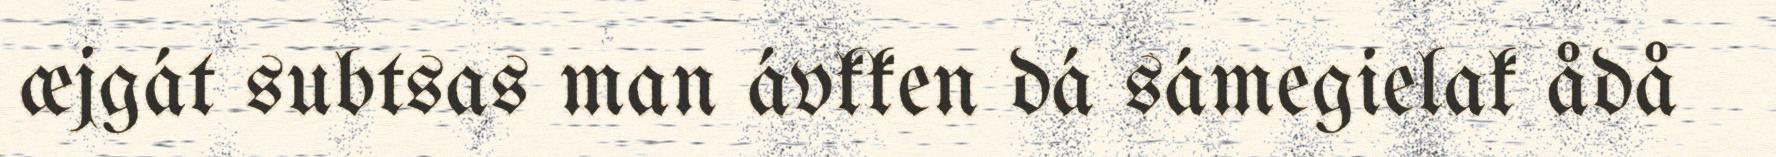
æjgát subtsas man ávkken dá sámegielak ådå